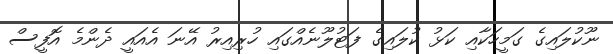
ނޫކުލައިގެ ގަމީހަކާއި ކަޅު ކުލައިގެ ފަޓުލޫނެއްގައި ހުރިއިރު އޭނަ އެއައީ ދެންމެ އޮފީސް